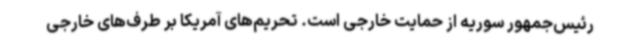
رئیس‌جمهور سوریه از حمایت خارجی است. تحریم‌های آمریکا بر طرف‌های خارجی